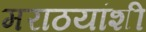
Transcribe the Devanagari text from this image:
मराठयांशी